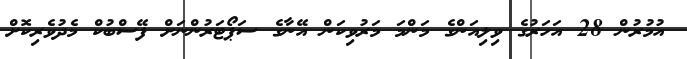
އުމުރުން 28 އަހަރުގެ ވިލިއަންގެ މަންމަ މަރުވިކަން އޭނާގެ ސަޕޯޓަރުންނަށް ފޭސްބުކް މެދުވެރިކޮށް